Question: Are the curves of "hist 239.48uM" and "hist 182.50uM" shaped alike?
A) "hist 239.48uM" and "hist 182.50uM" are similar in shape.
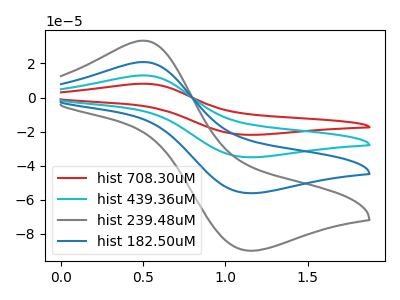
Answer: <think>The red curve "hist 708.30uM" has an anodic peak at (0.50V, 62.50uA) and a cathodic peak at (1.15V, -168.10uA). The cyan curve "hist 439.36uM" has an anodic peak at (0.50V, 41.70uA) and a cathodic peak at (1.15V, -112.10uA). The gray curve "hist 239.48uM" has an anodic peak at (0.50V, 33.40uA) and a cathodic peak at (1.15V, -89.75uA). The blue curve "hist 182.50uM" has an anodic peak at (0.50V, 20.85uA) and a cathodic peak at (1.15V, -56.05uA).
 All the peaks in "hist 239.48uM" have a peak in "hist 182.50uM" at the same potential. Every peak in "hist 239.48uM" is higher than every peak in "hist 182.50uM".</think>
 <answer>A) "hist 239.48uM" and "hist 182.50uM" are similar in shape.</answer>
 <eval>A</eval>